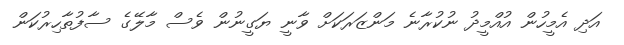
އަދި އެމީހުން އުއްމީދު ނުކުރާނެ މަންޒަރަކަށް ވާނީ ޔަގީނުން ވެސް މާލޭގެ ސާފުތާހިރުކަން